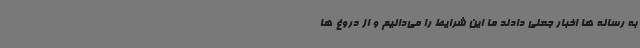
به رسانه ها اخبار جعلی دادند ما این شرایط را می‌دانیم و از دروغ ها